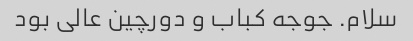
سلام. جوجه کباب و دورچین عالی بود